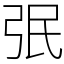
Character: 㢯